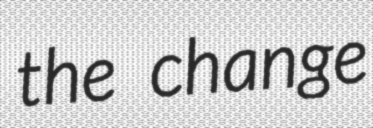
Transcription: the change